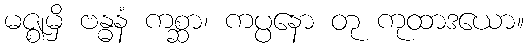
မဇ္ဈမှိ ဗန္ဓနံ ကစ္ဆာ၊ ကပ္ပနော တု ကုထာဒယော။